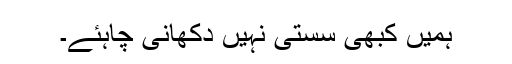
ہمیں کبھی سستی نہیں دکھانی چاہئے۔